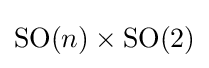
\mathrm {SO} (n)\times \mathrm {SO} (2)